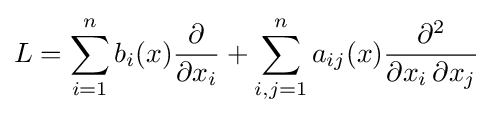
L=\sum _{i=1}^{n}b_{i}(x){\frac {\partial }{\partial x_{i}}}+\sum _{i,j=1}^{n}a_{ij}(x){\frac {\partial ^{2}}{\partial x_{i}\,\partial x_{j}}}